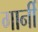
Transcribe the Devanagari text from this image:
गार्नी